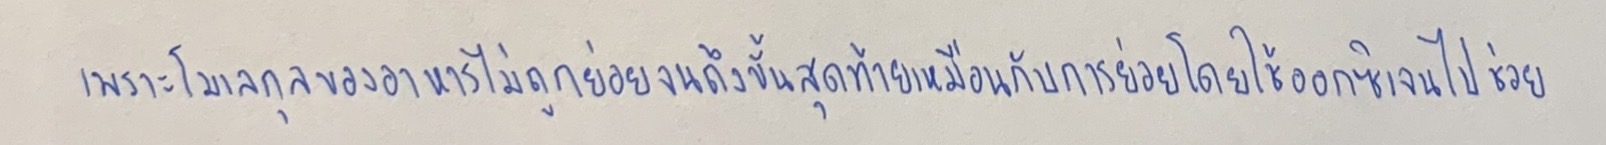
เพราะโมเลกุลของอาหารไม่ถูกย่อยจนถึงขั้นสุดท้ายเหมือนกับการย่อยโดยใช้ออกซิเจนไปช่วย